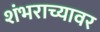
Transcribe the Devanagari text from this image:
शंभराच्यावर